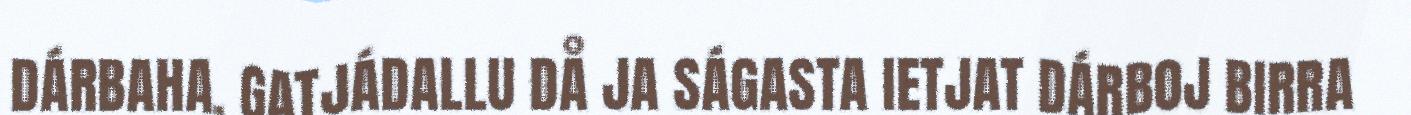
DÁRBAHA. GATJÁDALLU DÅ JA SÁGASTA IETJAT DÁRBOJ BIRRA